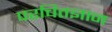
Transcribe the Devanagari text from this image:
परचितज्ञान